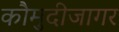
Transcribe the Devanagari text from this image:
कौमुदीजागर